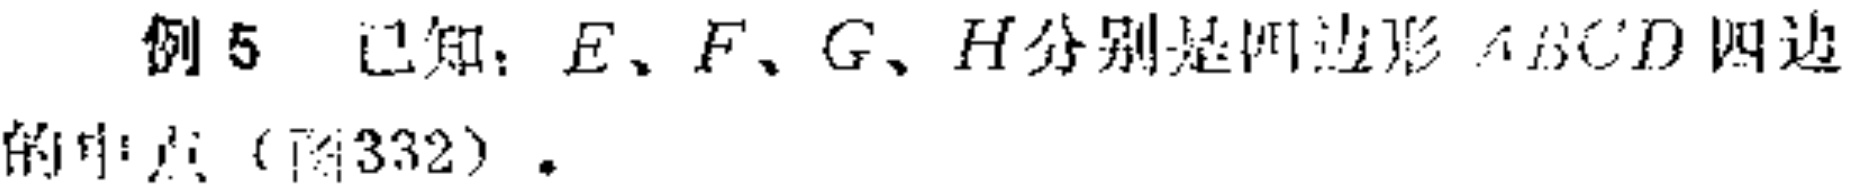
例5 已知：$E、F、G、H$分别是四边形$ABCD$四边的中点（图332）.